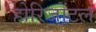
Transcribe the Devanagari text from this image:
होरिजोंटल